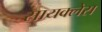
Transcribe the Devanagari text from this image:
सायक्लेस